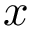
\boldsymbol { x }